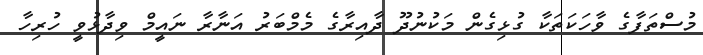
މުސްތަފާގެ ވާހަކަތަކާ ގުޅިގެން މަކުނުދޫ ދާއިރާގެ މެމްބަރު އަނާރާ ނައީމް ވިދާޅުވީ ހުރިހާ